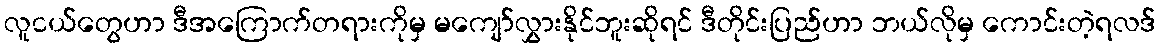
လူငယ်တွေဟာ ဒီအကြောက်တရားကိုမှ မကျော်လွှားနိုင်ဘူးဆိုရင် ဒီတိုင်းပြည်ဟာ ဘယ်လိုမှ ကောင်းတဲ့ရလဒ်